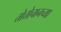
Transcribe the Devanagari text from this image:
तोत्तोचानच्या